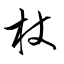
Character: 杖